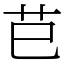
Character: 𦬊